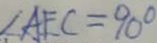
\angle A E C = 9 0 ^ { \circ }